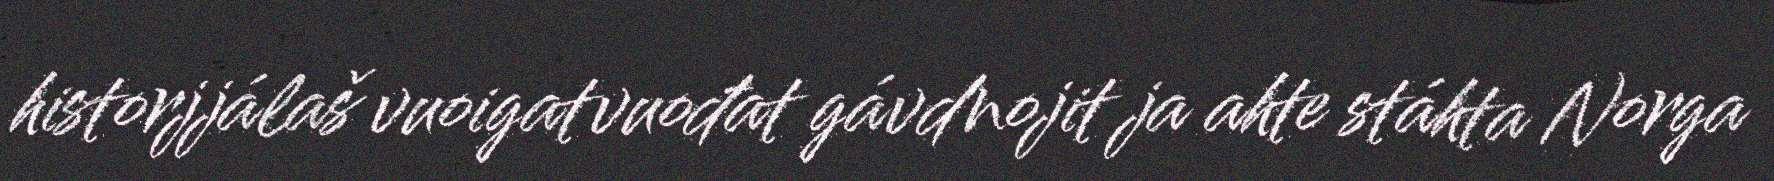
historjjálaš vuoigatvuođat gávdnojit ja ahte stáhta Norga